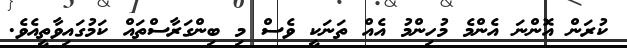
ކުރަން އޮންނަ އެންމެ މުހިންމު އެއް ތަނަކީ ވެސް މި ބިންގަރާސްތައް ކަމުގައިވާތީއެވެ.